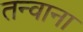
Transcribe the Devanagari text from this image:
तन्वाना